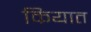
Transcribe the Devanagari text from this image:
कियात